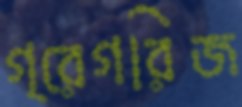
গ্রেগরিজ